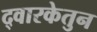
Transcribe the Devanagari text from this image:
द्वारकेतुन